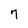
Character: 7